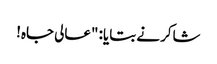
شاکر نے بتایا: "عالی جاہ!